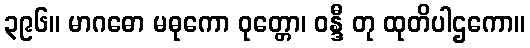
၃၉၆။ မာဂဓော မဓုကော ဝုတ္တော၊ ဝန္ဒီ တု ထုတိပါဌကော။